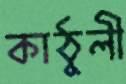
কাঠুলী